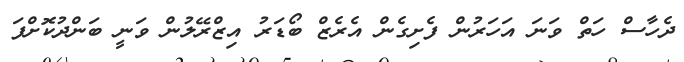
ދެހާސް ހަތް ވަނަ އަހަރުން ފެށިގެން އެރެޒް ބޯޑަރު އިޒްރޭލުން ވަނީ ބަންދުކޮށްފަ